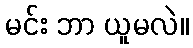
မင်း ဘာ ယူမလဲ။